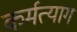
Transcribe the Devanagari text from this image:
कर्मत्याग